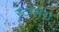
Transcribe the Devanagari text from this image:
स्टासेरा